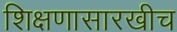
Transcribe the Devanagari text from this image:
शिक्षणासारखीच